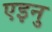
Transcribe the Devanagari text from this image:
एइनु